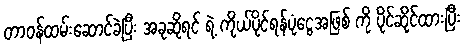
တာဝန်ထမ်းဆောင်ခဲ့ပြီး အခုဆိုရင် ရဲ့ ကိုယ်ပိုင်ရန်ပုံငွေအဖြစ် ကို ပိုင်ဆိုင်ထားပြီး